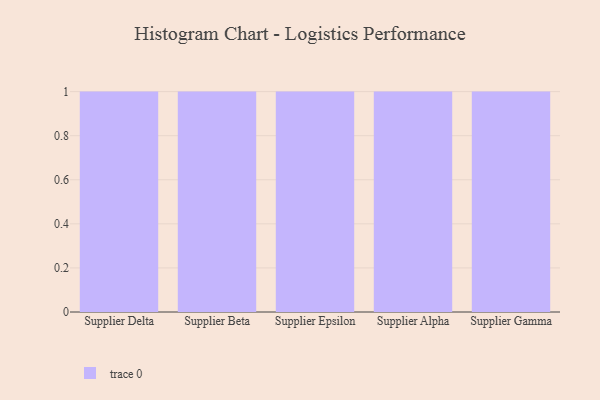
{"axis": {"x": "Supplier", "y": "Waste Production (Tons)"}, "legend": [""], "data": [{"x": "Supplier Delta", "y": 44, "type": ""}, {"x": "Supplier Beta", "y": 8, "type": ""}, {"x": "Supplier Epsilon", "y": 81, "type": ""}, {"x": "Supplier Alpha", "y": 72, "type": ""}, {"x": "Supplier Gamma", "y": 84, "type": ""}]}